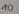
Text: 10